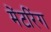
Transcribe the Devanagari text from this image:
मेंटरिंग